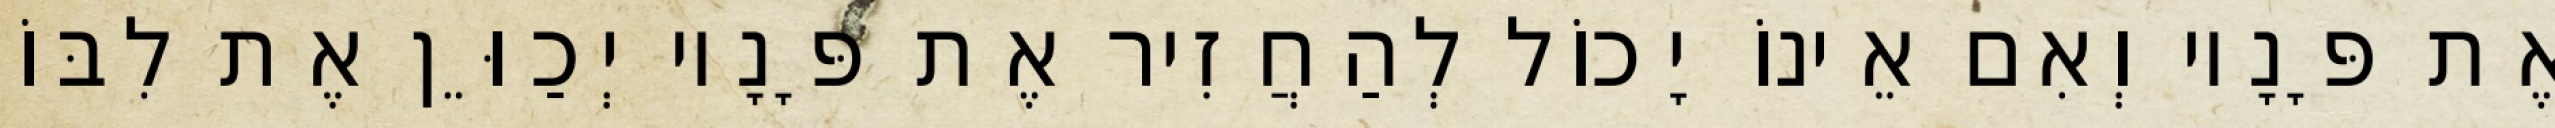
אֶת פָּנָיו וְאִם אֵינוֹ יָכוֹל לְהַחֲזִיר אֶת פָּנָיו יְכַוֵּן אֶת לִבּוֹ